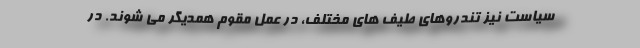
سیاست نیز تندروهای طیف های مختلف، در عمل مقوّم همدیگر می شوند. در